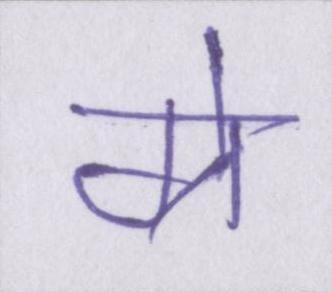
ग्रे